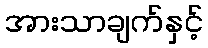
အားသာချက်နှင့်